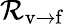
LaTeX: {\mathcal{R}}_{\mathrm{v\rightarrow f}}